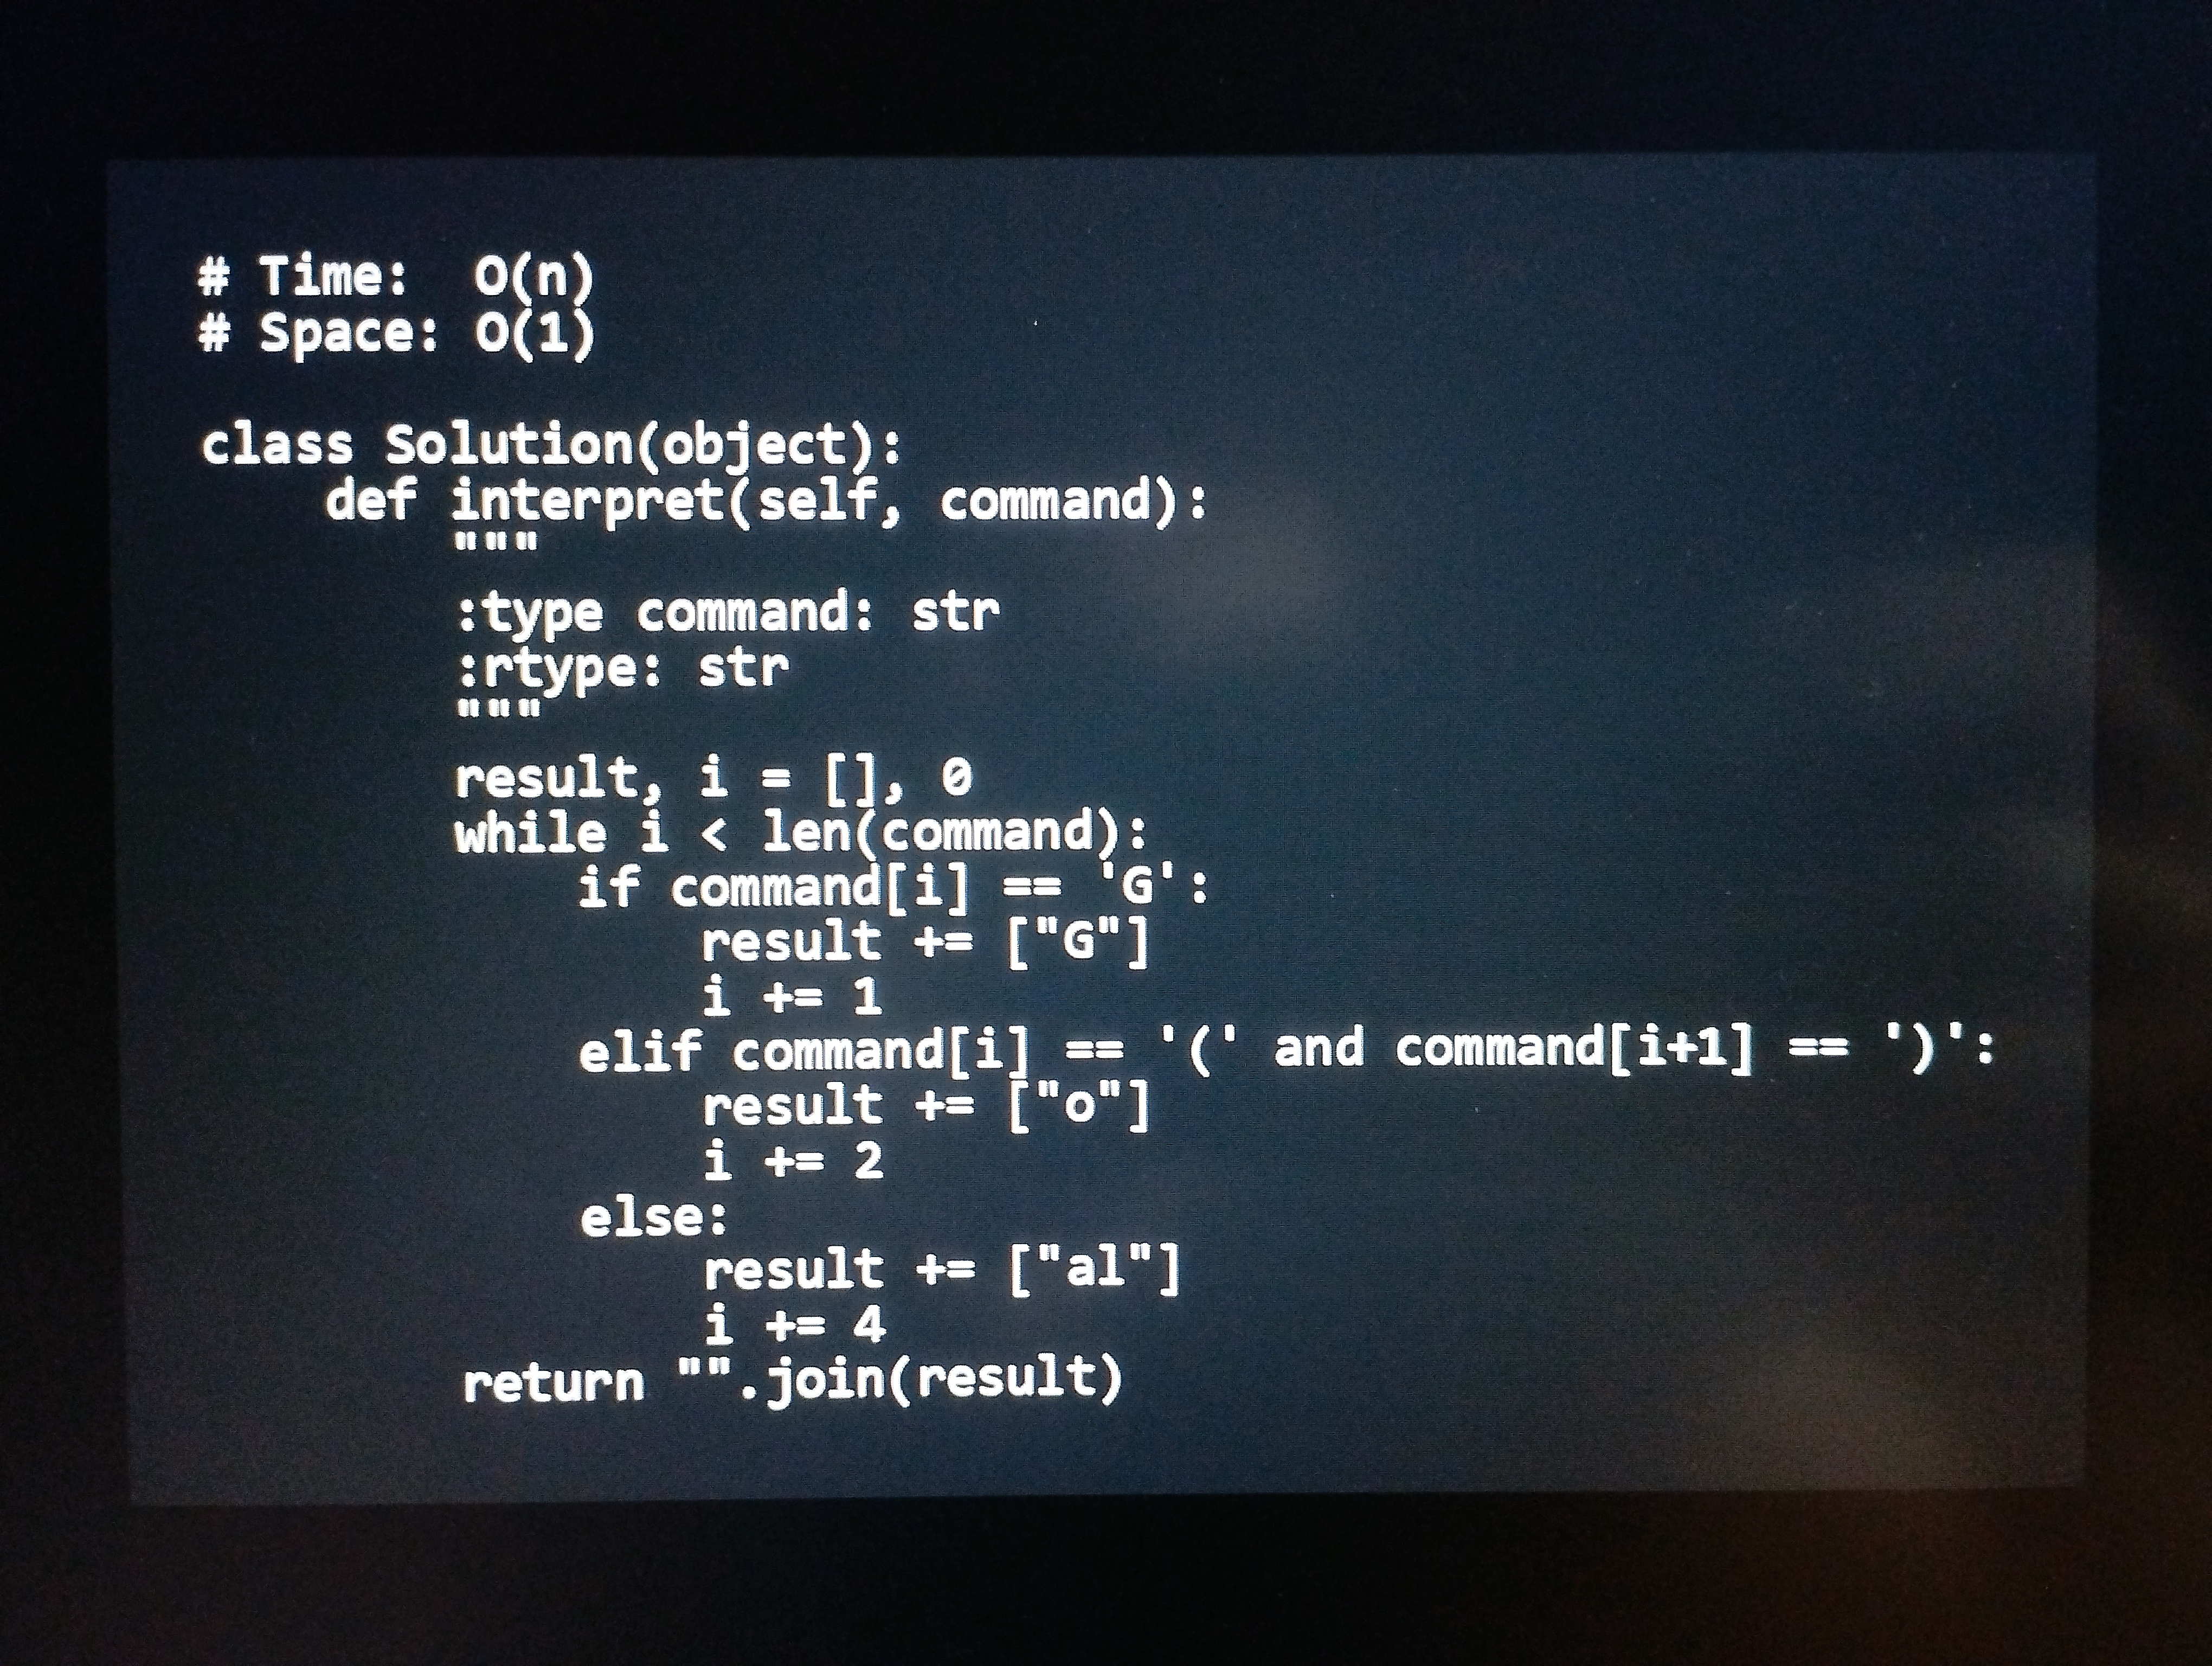
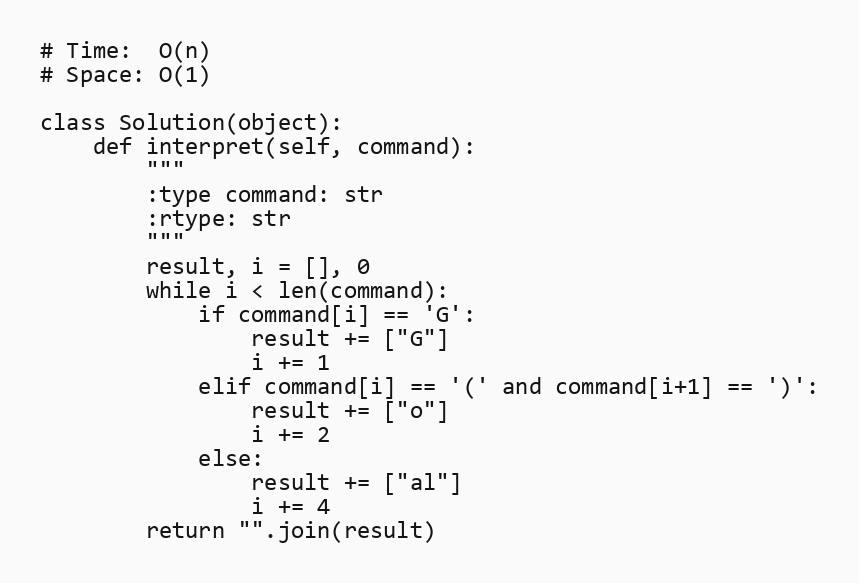
# Time:  O(n)
# Space: O(1)

class Solution(object):
    def interpret(self, command):
        """
        :type command: str
        :rtype: str
        """
        result, i = [], 0
        while i < len(command):
            if command[i] == 'G':
                result += ["G"]
                i += 1
            elif command[i] == '(' and command[i+1] == ')':
                result += ["o"]
                i += 2
            else:
                result += ["al"]
                i += 4
        return "".join(result)